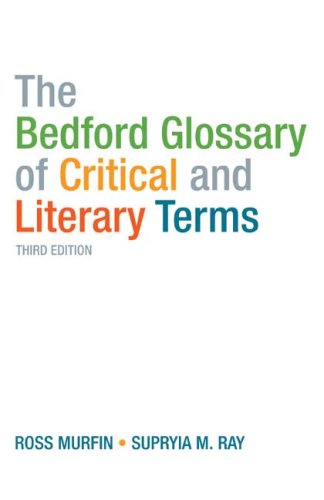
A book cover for The Bedford Glossary of Critical and Literary Terms; Literature & Fiction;